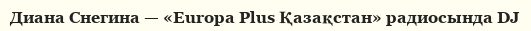
Диана Снегина — «Europa Plus Қазақстан» радиосында DJ